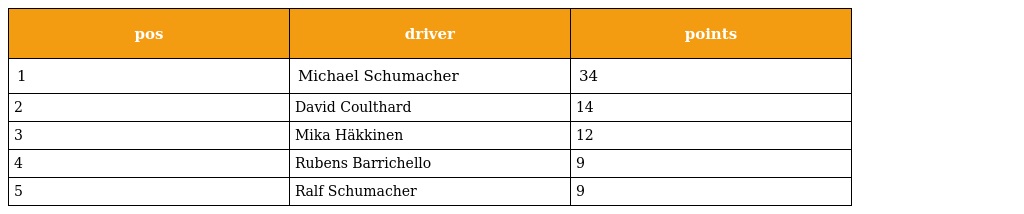
| pos | driver | points |
 | --- | --- | --- |
 | 1 | Michael Schumacher | 34 |
 | 2 | David Coulthard | 14 |
 | 3 | Mika Häkkinen | 12 |
 | 4 | Rubens Barrichello | 9 |
 | 5 | Ralf Schumacher | 9 |